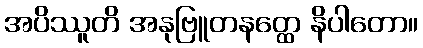
အပိဿူတိ အနုဗြူတနတ္ထေ နိပါတော။